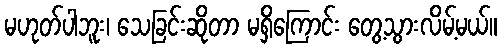
မဟုတ်ပါဘူး၊ သေခြင်းဆိုတာ မရှိကြောင်း တွေ့သွားလိမ့်မယ်။